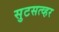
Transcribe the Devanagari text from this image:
सुटसत्व्हर